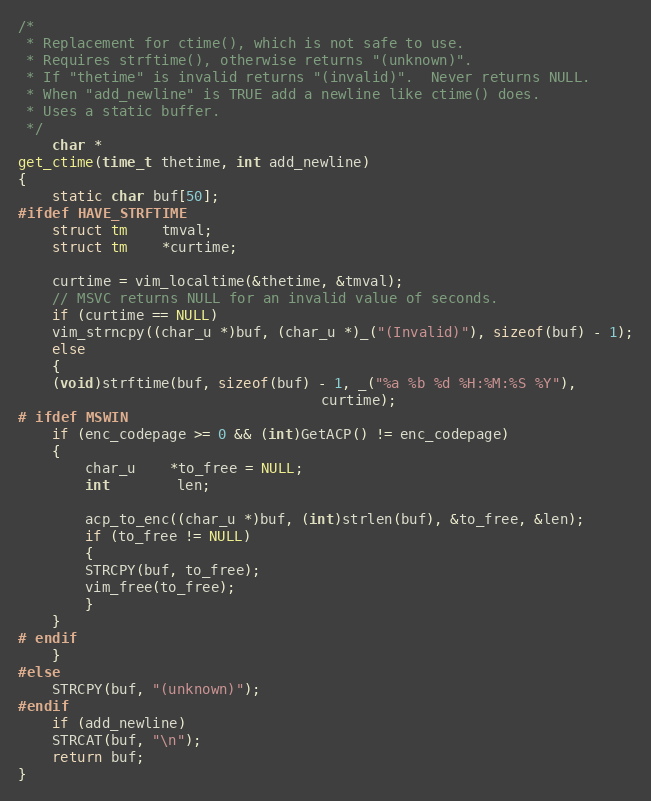
Language: C
/*
 * Replacement for ctime(), which is not safe to use.
 * Requires strftime(), otherwise returns "(unknown)".
 * If "thetime" is invalid returns "(invalid)".  Never returns NULL.
 * When "add_newline" is TRUE add a newline like ctime() does.
 * Uses a static buffer.
 */
    char *
get_ctime(time_t thetime, int add_newline)
{
    static char buf[50];
#ifdef HAVE_STRFTIME
    struct tm	tmval;
    struct tm	*curtime;

    curtime = vim_localtime(&thetime, &tmval);
    // MSVC returns NULL for an invalid value of seconds.
    if (curtime == NULL)
	vim_strncpy((char_u *)buf, (char_u *)_("(Invalid)"), sizeof(buf) - 1);
    else
    {
	(void)strftime(buf, sizeof(buf) - 1, _("%a %b %d %H:%M:%S %Y"),
								    curtime);
# ifdef MSWIN
	if (enc_codepage >= 0 && (int)GetACP() != enc_codepage)
	{
	    char_u	*to_free = NULL;
	    int		len;

	    acp_to_enc((char_u *)buf, (int)strlen(buf), &to_free, &len);
	    if (to_free != NULL)
	    {
		STRCPY(buf, to_free);
		vim_free(to_free);
	    }
	}
# endif
    }
#else
    STRCPY(buf, "(unknown)");
#endif
    if (add_newline)
	STRCAT(buf, "\n");
    return buf;
}